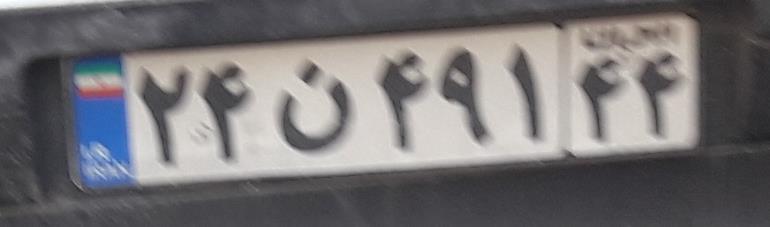
۲۴ن۴۹۱۴۴